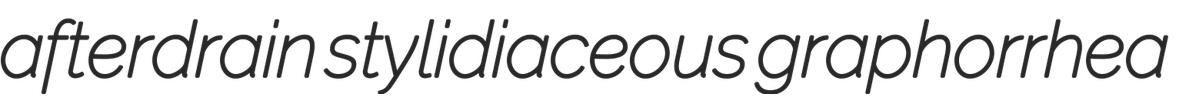
afterdrain stylidiaceous graphorrhea